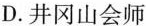
D.井冈山会师